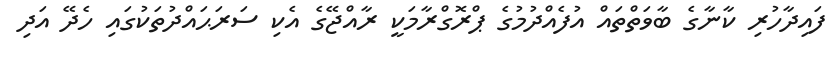
ފައިދާހުރި ކާނާގެ ބާވަތްތައް އުފެއްދުމުގެ ޕްރޮގްރާމަކީ ރާއްޖޭގެ އެކި ސަރަޙައްދުތަކުގައި ހެދޭ އަދި